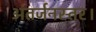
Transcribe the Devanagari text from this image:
अंतर्जनस्तर।